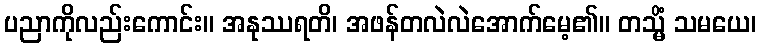
ပညာကိုလည်းကောင်း။ အနုဿရတိ၊ အဖန်တလဲလဲအောက်မေ့၏။ တသ္မိံ သမယေ၊